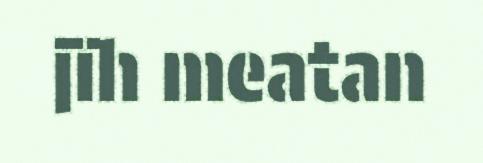
jïh meatan